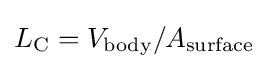
L_{\rm {C}}=V_{\text{body}}/A_{\text{surface}}